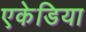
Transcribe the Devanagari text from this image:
एकेडिया